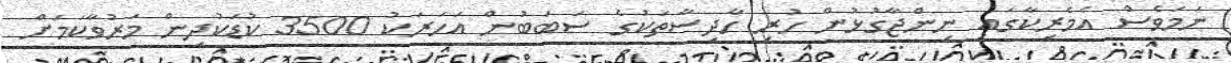
ނަމަވެސް އެމެރިކާގައި ނިންޖާގުޅުން ހުރި ހާދިސާތަކުގެ ސަބަބުން އަހަރަކު 3500 ކުޑަކުދިން މަރުވާކަމަށް